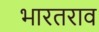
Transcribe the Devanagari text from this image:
भारतराव